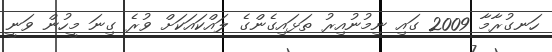
ހަނގުރާމާ 2009 ގައި ނިމުނުއިރު ތަޅައިގެންގެ ލައްކައަކަށް ވުރެ ގިނަ މީހުން ވަނީ